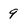
Character: 9